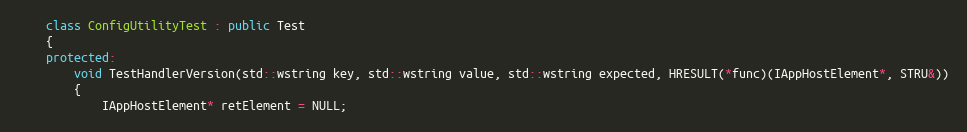
Language: C++
    class ConfigUtilityTest : public Test
    {
    protected:
        void TestHandlerVersion(std::wstring key, std::wstring value, std::wstring expected, HRESULT(*func)(IAppHostElement*, STRU&))
        {
            IAppHostElement* retElement = NULL;